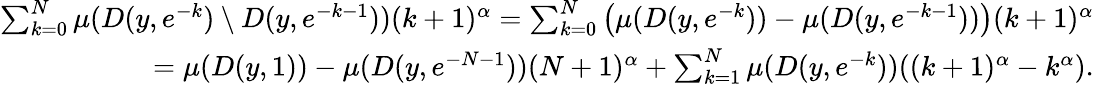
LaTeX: \begin{array}{r}{\sum_{k=0}^{N}\mu(D(y,e^{-k})\setminus D(y,e^{-k-1}))(k+1)^{\alpha}=\sum_{k=0}^{N}\left(\mu(D(y,e^{-k}))-\mu(D(y,e^{-k-1}))\right)(k+1)^{\alpha}}\\ {=\mu(D(y,1))-\mu(D(y,e^{-N-1}))(N+1)^{\alpha}+\sum_{k=1}^{N}\mu(D(y,e^{-k}))((k+1)^{\alpha}-k^{\alpha}).}\end{array}